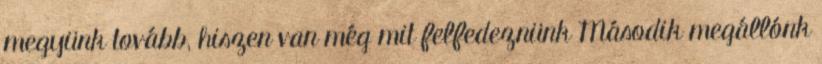
megyünk tovább, hiszen van még mit felfedeznünk Második megállónk